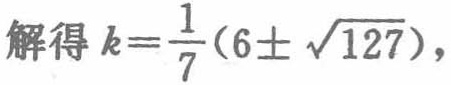
解得 \(k=\frac{1}{7}(6\pm \sqrt{127})\)，